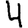
Digit: 4